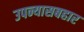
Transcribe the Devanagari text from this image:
उपन्यासबहार